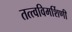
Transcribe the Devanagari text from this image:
तत्त्वविमर्शिणी